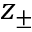
z _ { \pm }